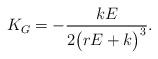
LaTeX: \begin{align*} K_G = - \frac{k E}{2 \big( r E + k \big)^3}.\end{align*}